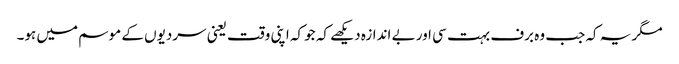
مگر یہ کہ جب وہ برف بہت سی اور بے اندازہ دیکھے کہ جو کہ اپنی وقت یعنی سردیوں کے موسم میں ہو۔